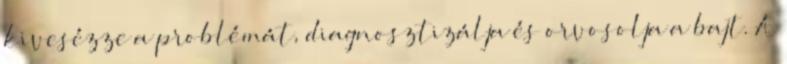
kivesézze a problémát, diagnosztizálja és orvosolja a bajt. A